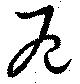
厄